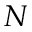
N